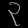
Digit: ၃